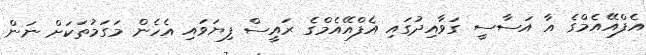
އެފްއޭއެމްގެ އާ އަސާސީ ގަވާއިދުގައި އެފްއޭއެމްގެ ރައީސް ފިޔަވައި އެހެން މަގަމުތަކަށް ނަން